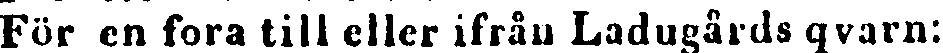
För en fora till eller ifrån Ladugårds qvarn: